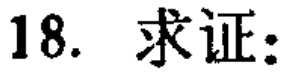
18. 求证：